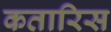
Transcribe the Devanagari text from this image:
कतारिस